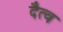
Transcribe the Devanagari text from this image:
दैत्व